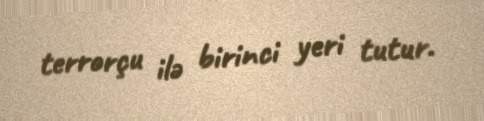
terrorçu ilə birinci yeri tutur.